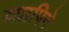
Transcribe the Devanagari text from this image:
व्यापिने